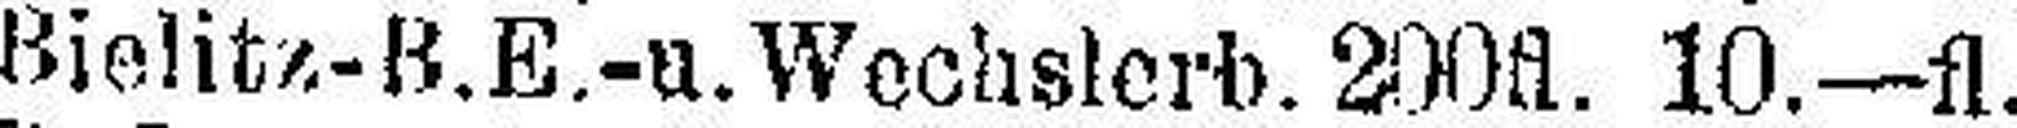
Bielitz-B.E.-u. Wechslerb. 200 fl. 10.—fl.